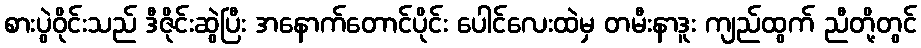
စားပွဲဝိုင်းသည် ဒီဇိုင်းဆွဲပြီး အနောက်တောင်ပိုင်း ပေါင်လေးထဲမှ တမီးနာဒူး ကျည်ထွက် ညီတို့တွင်